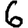
Digit: 6